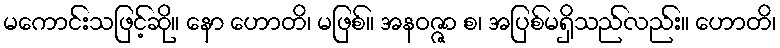
မကောင်းသဖြင့်ဆို။ နော ဟောတိ၊ မဖြစ်။ အနဝဇ္ဇာ စ၊ အပြစ်မရှိသည်လည်း။ ဟောတိ၊